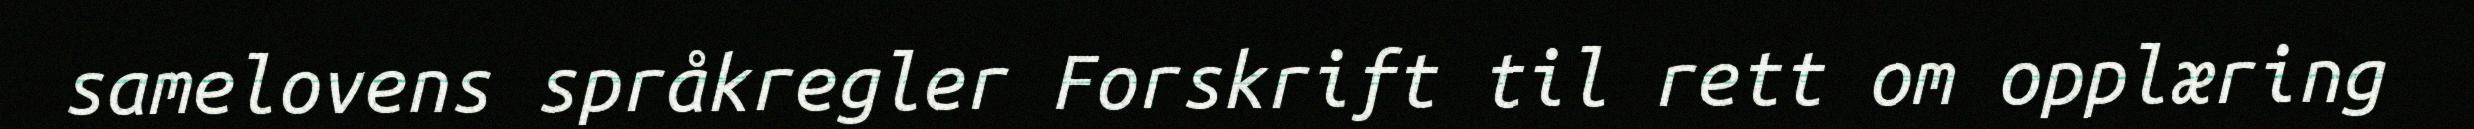
samelovens språkregler Forskrift til rett om opplæring